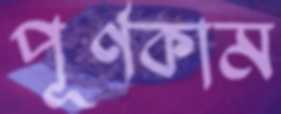
পূর্ণকাম